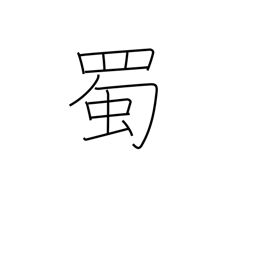
Meaning: green caterpillar